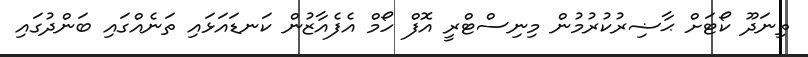
ތިނަދޫ ކޯޓަށް ޙާޟިރުކުރުމުން މިނިސްޓްރީ އޮފް ހޯމް އެފެއާޒުން ކަނޑައަޅައި ތަނެއްގައި ބަންދުގައި